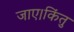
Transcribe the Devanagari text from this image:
जाए।किंतु